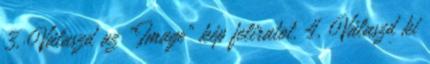
3. Válaszd az "Image" kép feliratot. 4. Válaszd ki